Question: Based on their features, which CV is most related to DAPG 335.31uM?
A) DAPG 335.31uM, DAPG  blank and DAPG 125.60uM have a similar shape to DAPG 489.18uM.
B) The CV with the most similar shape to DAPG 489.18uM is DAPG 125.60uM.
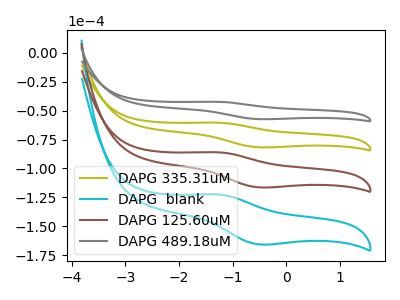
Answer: <think>The olive curve "DAPG 335.31uM" has an anodic peak at (-1.30V, -60.45uA) and a cathodic peak at (-0.50V, -81.75uA). The cyan curve "DAPG  blank" has an anodic peak at (-1.30V, -181.30uA) and a cathodic peak at (-0.50V, -245.20uA). The brown curve "DAPG 125.60uM" has an anodic peak at (-1.30V, -120.90uA) and a cathodic peak at (-0.50V, -163.45uA). The gray curve "DAPG 489.18uM" has an anodic peak at (-1.30V, -42.45uA) and a cathodic peak at (-0.50V, -57.45uA).
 All the peaks in "DAPG 335.31uM" have a peak in "DAPG  blank" at the same potential. All the peaks in "DAPG 335.31uM" have a peak in "DAPG 125.60uM" at the same potential. All the peaks in "DAPG 335.31uM" have a peak in "DAPG 489.18uM" at the same potential. All the peaks in "DAPG  blank" have a peak in "DAPG 125.60uM" at the same potential. All the peaks in "DAPG  blank" have a peak in "DAPG 489.18uM" at the same potential. All the peaks in "DAPG 125.60uM" have a peak in "DAPG 489.18uM" at the same potential.</think>
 <answer>A) "DAPG 335.31uM", "DAPG  blank" and "DAPG 125.60uM" have a similar shape to "DAPG 489.18uM".</answer>
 <eval>A</eval>